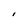
Character: I